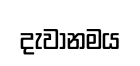
දැවානමය